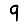
Digit: 9